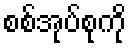
စစ်အုပ်စုကို